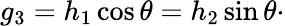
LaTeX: g_{3}=h_{1}\cos\theta=h_{2}\sin\theta\cdot